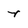
Character: r